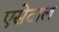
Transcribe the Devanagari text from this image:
एसेटाल